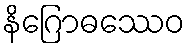
နိဂြောဓဿေဝ